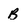
Character: B